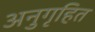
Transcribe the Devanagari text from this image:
अनुगृहित